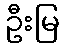
ဦးမြ